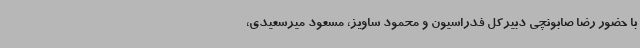
با حضور رضا صابونچی دبیرکل فدراسیون و محمود ساویز، مسعود میرسعیدی،